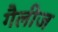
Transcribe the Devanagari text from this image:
गैलीज